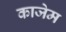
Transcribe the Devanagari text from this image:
काजेम